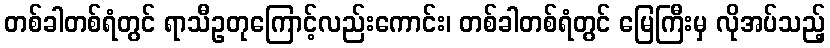
တစ်ခါတစ်ရံတွင် ရာသီဥတုကြောင့်လည်းကောင်း၊ တစ်ခါတစ်ရံတွင် မြေကြီးမှ လိုအပ်သည့်